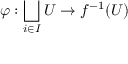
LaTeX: \varphi : \bigsqcup _ { i \in I } U \to f ^ { - 1 } ( U )